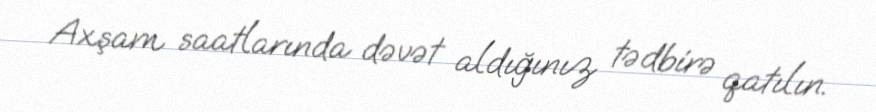
Axşam saatlarında dəvət aldığınız tədbirə qatılın.